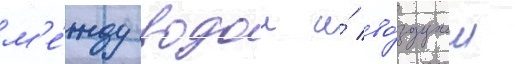
м'е́жду водои и́ во́здухом